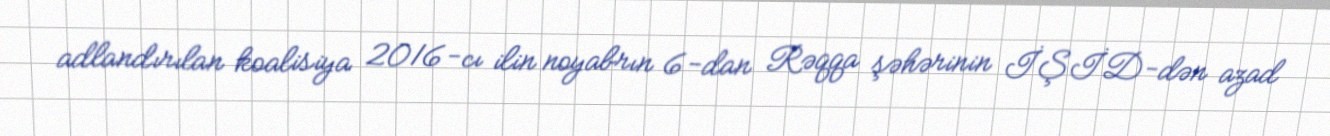
adlandırılan koalisiya 2016-cı ilin noyabrın 6-dan Rəqqa şəhərinin İŞİD-dən azad